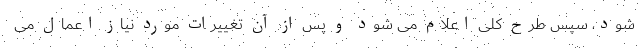
شود، سپس طرح کلی اعلام می شود و پس از آن تغییرات مورد نیاز اعمال می